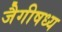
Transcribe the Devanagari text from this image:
जैगीषध्य